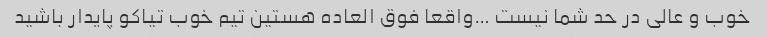
خوب و عالی در حد شما نیست …واقعا فوق العاده هستین تیم خوب تیاکو پایدار باشید